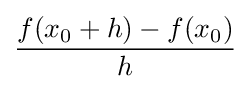
{\frac {f(x_{0}+h)-f(x_{0})}{h}}